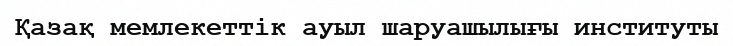
Қазақ мемлекеттік ауыл шаруашылығы институты